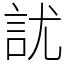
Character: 訧